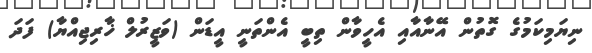
ނިޔަމިކަމުގެ ގޮތުން އޭނާއާއި އެހީވާން ތިބީ އެންތަނީ އީޑަން (ވަޒީރުލް ޚާރިޖިއްޔާ) ފަދަ